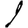
Digit: 1